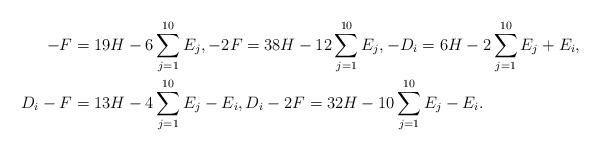
LaTeX: \begin{align*}-F&=19H-6\sum_{j=1}^{10}E_j,-2F=38H-12\sum_{j=1}^{10}E_j,-D_i=6H-2\sum_{j=1}^{10}E_j +E_i, \\D_i-F&= 13H-4\sum_{j=1}^{10}E_j -E_i,D_i-2F = 32H-10\sum_{j=1}^{10}E_j -E_i. \end{align*}